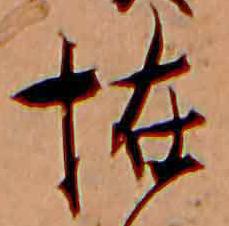
恠